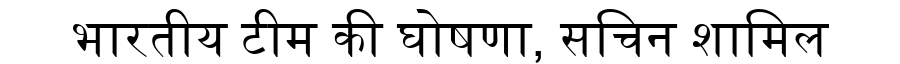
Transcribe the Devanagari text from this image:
भारतीय टीम की घोषणा, सचिन शामिल